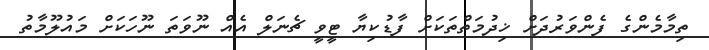
ތިމާމެންގެ ފެންވަރުދަށް ޚިދުމަތްތަކަށް ފާޑުކިޔާ ޓީވީ ޗެނަލް އެއް ނޫވަތަ ނޫހަކަށް މައުލޫމާތު